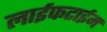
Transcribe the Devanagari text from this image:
लाईफटाईम